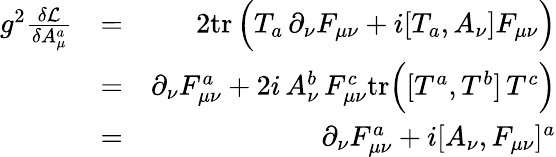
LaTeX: \begin{array}{rlr}{g^{2}{\frac{\delta{\cal L}}{\delta A_{\mu}^{a}}}}&{=}&{{2}\mathrm{tr}\, \Big(T_{a}\, \partial_{\nu}F_{\mu\nu}+i[T_{a},A_{\nu}]F_{\mu\nu}\Big)}\\ &{=}&{\partial_{\nu}F_{\mu\nu}^{a}+{2i}\, A_{\nu}^{b}\, F_{\mu\nu}^{c}\mathrm{tr}\Big([T^{a},T^{b}]\, T^{c}\Big)}\\ &{=}&{\partial_{\nu}F_{\mu\nu}^{a}+i[A_{\nu},F_{\mu\nu}]^{a}}\end{array}